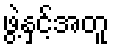
ဖွဲ့နှင့်အတူ